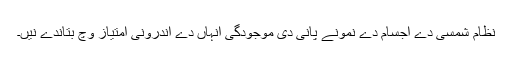
نظام شمسی دے اجسام دے نمونے پانی دی موجودگی انہاں دے اندرونی امتیاز وچ بتاندے نيں۔